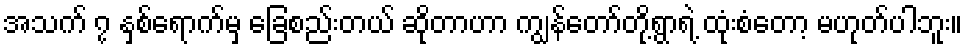
အသက် ၇ နှစ်ရောက်မှ ခြေစည်းတယ် ဆိုတာဟာ ကျွန်တော်တို့ရွာရဲ့ ထုံးစံတော့ မဟုတ်ပါဘူး။